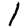
Digit: 1